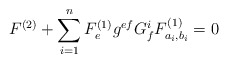
\begin{align*}F^{(2)}+\sum_{i=1}^{n}F_{ e}^{(1)}g^{ef}G_f^iF^{(1)}_{a_i,b_i}=0\end{align*}